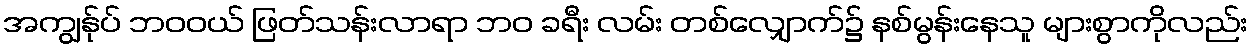
အကျွန်ုပ် ဘဝဝယ် ဖြတ်သန်းလာရာ ဘဝ ခရီး လမ်း တစ်လျှောက်၌ နစ်မွန်းနေသူ များစွာကိုလည်း